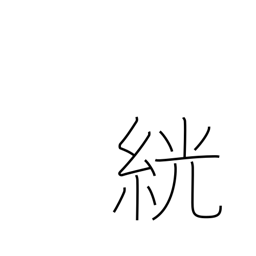
Meaning: white rice